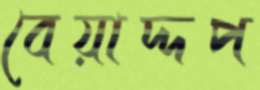
বেয়াদ্দপ